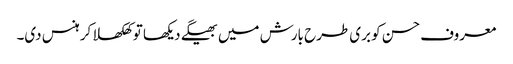
معروف حسن کو بری طرح بارش میں بھیگے دیکھا تو کھلکھلا کر ہنس دی۔